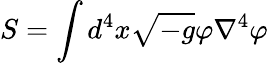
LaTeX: S=\int{d^{4}x}\sqrt{-g}\varphi\nabla^{4}\varphi